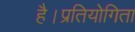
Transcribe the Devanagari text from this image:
है।प्रतियोगिता